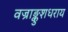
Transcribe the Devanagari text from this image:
वज्राङ्कुशधराय